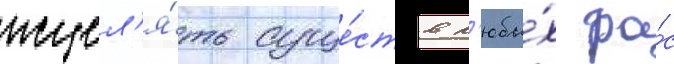
исцел'я́ть суще́ств л'юбы́х ра́с